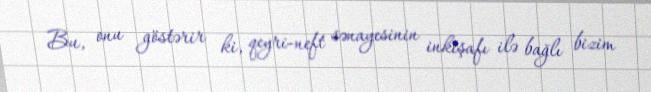
Bu, onu göstərir ki, qeyri-neft sənayesinin inkişafı ilə bağlı bizim